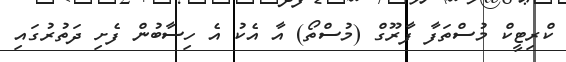
ކްރިޓީކް މުސްތަފާ ފާރޫގް (މުސްތޯ) އާ އެކު އެ ހިސާބުން ފެށި ދަތުރުގައި